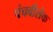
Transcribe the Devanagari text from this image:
पंचवीसेक